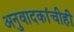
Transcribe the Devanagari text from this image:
अनुवादकांचीही